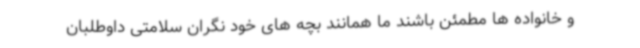
و خانواده ها مطمئن باشند ما همانند بچه های خود نگران سلامتی داوطلبان